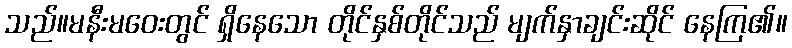
သည်။မနီးမဝေးတွင် ရှိနေသော တိုင်နှစ်တိုင်သည် မျက်နှာချင်းဆိုင် နေကြ၏။